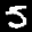
Label: 5